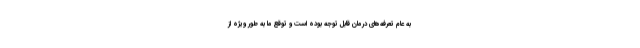
به عام تعرفه‌های درمان قابل توجه بوده است و توقع ما به طور ویژه از